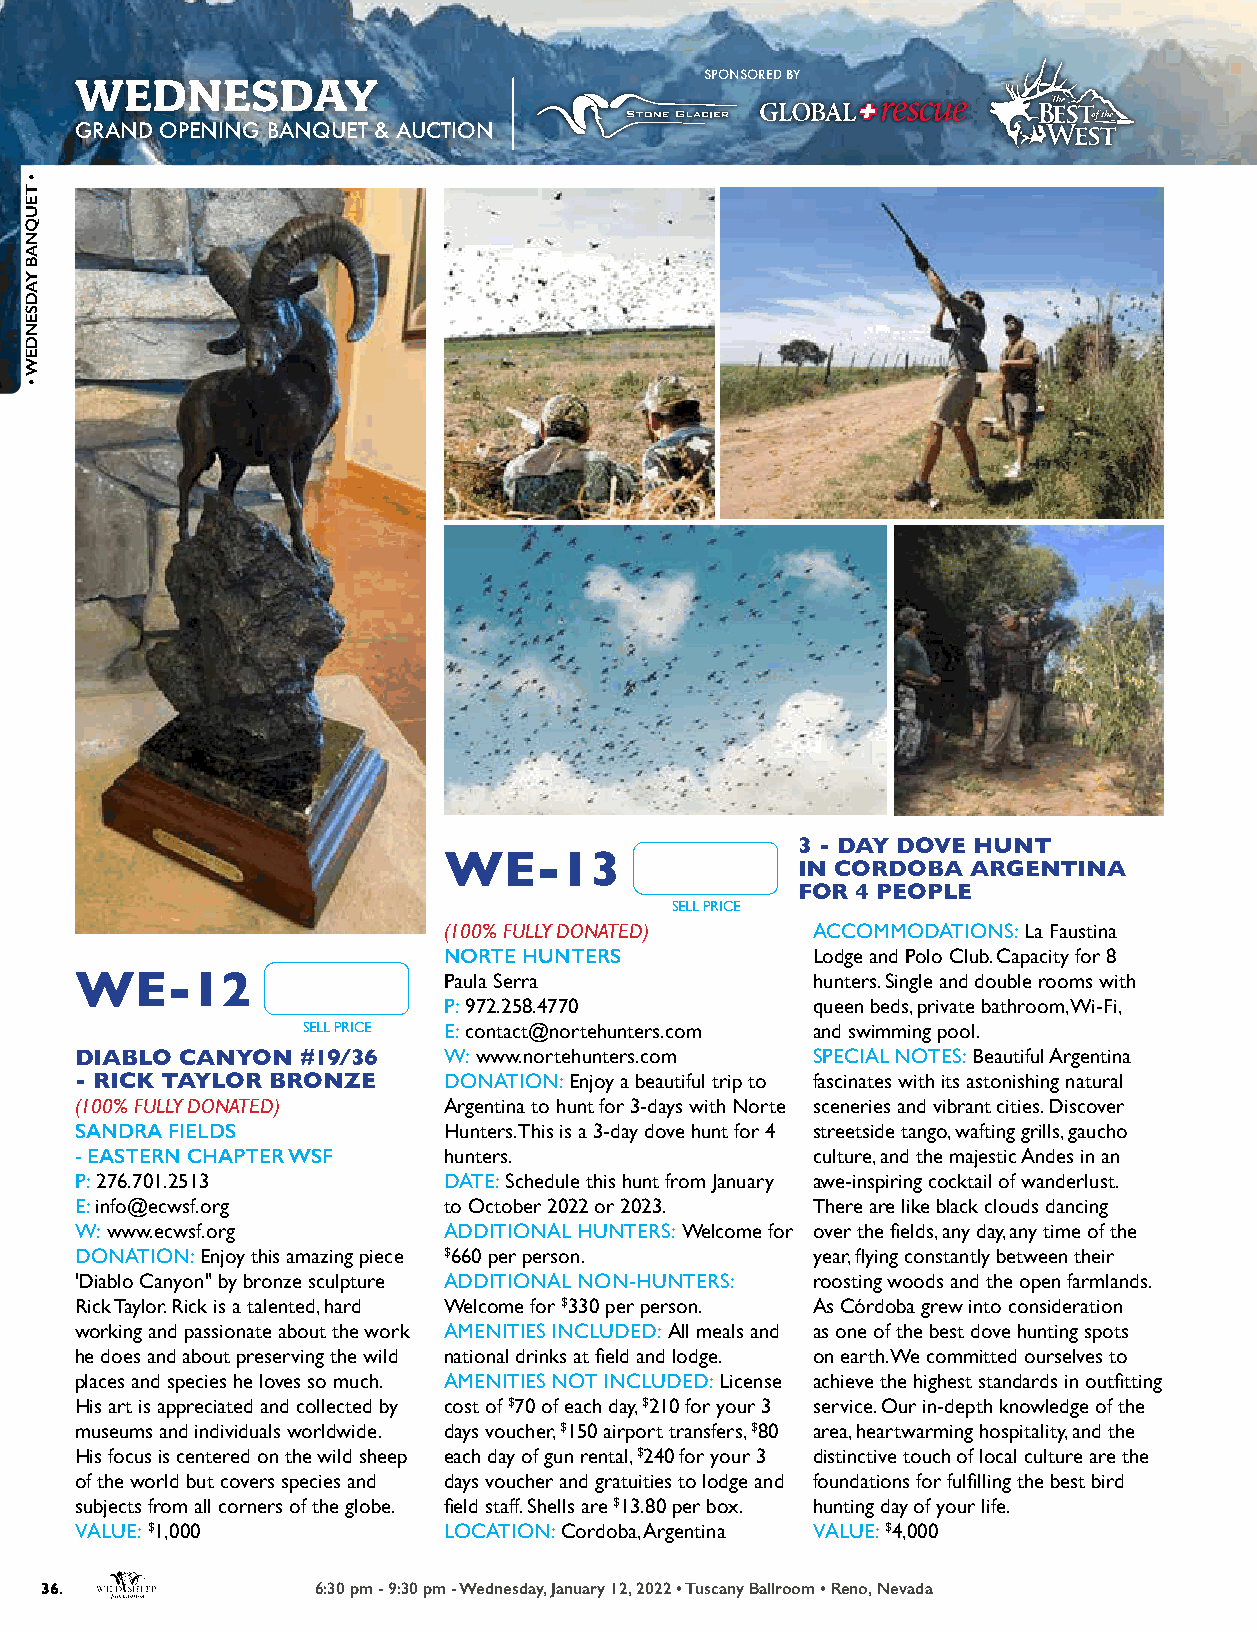
WEDNESDAY                                 SPONSORED BY
 GRAND OPENING BANQUET & AUCTION
 3 - DAY DOVE HUNT
 WE-13
 IN CORDOBA ARGENTINA
 FOR 4 PEOPLE
 SELL PRICE
 (100% FULLY DONATED)     ACCOMMODATIONS: La Faustina
 NORTE HUNTERS            Lodge and Polo Club. Capacity for 8
 WE-12                   Paula Serra              hunters. Single and double rooms with
 P: 972.258.4770          queen beds, private bathroom, Wi-Fi,
 SELL PRICE E: contact@nortehunters.com and swimming pool.
 DIABLO CANYON  #19/36   W: www.nortehunters.com  SPECIAL NOTES: Beautiful Argentina
 - RICK TAYLOR BRONZE    DONATION: Enjoy a beautiful trip to fascinates with its astonishing natural
 (100% FULLY DONATED)    Argentina to hunt for 3-days with Norte sceneries and vibrant cities. Discover
 SANDRA FIELDS           Hunters. This is a 3-day dove hunt for 4 streetside tango, wafting grills, gaucho
 - EASTERN CHAPTER WSF   hunters.                 culture, and the majestic Andes in an
 P: 276.701.2513         DATE: Schedule this hunt from January awe-inspiring cocktail of wanderlust.
 E: info@ecwsf.org       to October 2022 or 2023. There are like black clouds dancing
 W: www.ecwsf.org        ADDITIONAL HUNTERS: Welcome for over the fields, any day, any time of the
 DONATION: Enjoy this amazing piece $660 per person. year, flying constantly between their
 'Diablo Canyon" by bronze sculpture ADDITIONAL NON-HUNTERS: roosting woods and the open farmlands.
 Rick Taylor. Rick is a talented, hard Welcome for $330 per person. As Córdoba grew into consideration
 working and passionate about the work AMENITIES INCLUDED: All meals and as one of the best dove hunting spots
 he does and about preserving the wild national drinks at field and lodge. on earth. We committed ourselves to
 places and species he loves so much. AMENITIES NOT INCLUDED: License achieve the highest standards in outfitting
 His art is appreciated and collected by cost of $70 of each day, $210 for your 3 service. Our in-depth knowledge of the
 museums and individuals worldwide. days voucher, $150 airport transfers, $80 area, heartwarming hospitality, and the
 His focus is centered on the wild sheep each day of gun rental, $240 for your 3 distinctive touch of local culture are the
 of the world but covers species and days voucher and gratuities to lodge and foundations for fulfilling the best bird
 subjects from all corners of the globe. field staff. Shells are $13.80 per box. hunting day of your life.
 VALUE: $1,000           LOCATION: Cordoba, Argentina VALUE: $4,000
 36.               6:30 pm - 9:30 pm - Wednesday, January 12, 2022 • Tuscany Ballroom • Reno, Nevada
 •
 TEUQNAB
 YADSENDEW
 •